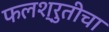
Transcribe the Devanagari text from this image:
फलश्रुतीचा